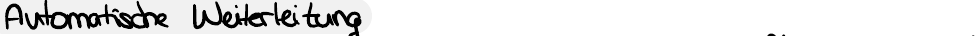
Automatische Weiterleitung